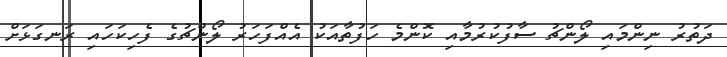
ދަތުރު ނިންމައި ލޯންޗު ސާފުކުރުމާއި ކޮންމެ ހަފުތާއަކު އެއްފަހަރު ލޯންޗުގެ ފެހިކަހައި ރަނގަޅަށް